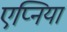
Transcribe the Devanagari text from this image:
एप्निया